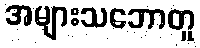
အများသဘောတူ